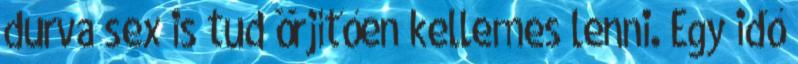
durva sex is tud örjítően kellemes lenni. Egy idő